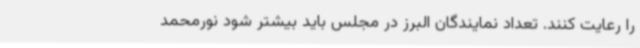
را رعایت کنند. تعداد نمایندگان البرز در مجلس باید بیشتر شود نورمحمد